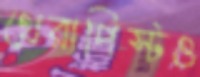
থেরাপিস্টও